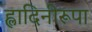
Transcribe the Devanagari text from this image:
ह्लादिनीरूपा